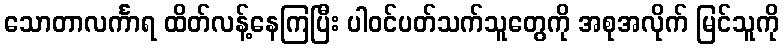
သောတာလင်္ကာရ ထိတ်လန့်နေကြပြီး ပါဝင်ပတ်သက်သူတွေကို အစုအလိုက် မြင်သူကို